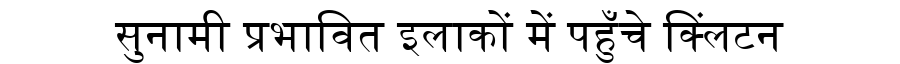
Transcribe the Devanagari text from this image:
सुनामी प्रभावित इलाकों में पहुँचे क्लिंटन